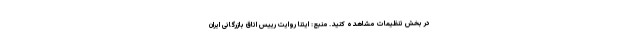
در بخش تنظیمات مشاهده کنید. منبع: ایتنا روایت رییس اتاق بازرگانی ایران